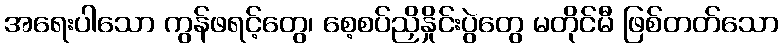
အရေးပါသော ကွန်ဖရင့်တွေ၊ စေ့စပ်ညှိနှိုင်းပွဲတွေ မတိုင်မီ ဖြစ်တတ်သော